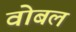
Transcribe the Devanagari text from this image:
वोबल